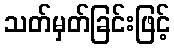
သတ်မှတ်ခြင်းဖြင့်